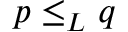
\boldsymbol { p } \le _ { L } { \boldsymbol { q } }